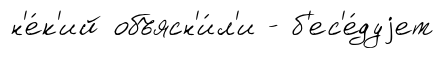
н'е́к'ий объясн'и́л'и - б'ес'е́дуjет